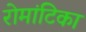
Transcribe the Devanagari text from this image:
रोमांटिका